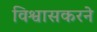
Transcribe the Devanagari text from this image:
विश्वासकरने